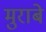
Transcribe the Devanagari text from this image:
मुराबे